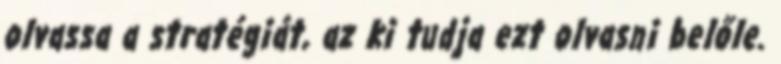
olvassa a stratégiát, az ki tudja ezt olvasni belőle.